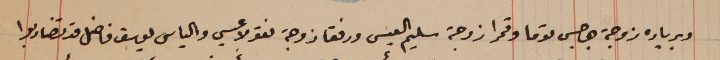
وبرباره زوجة جرجس توما وقمرا زوجة سليم العيسى ورفقا زوجة نقولا عيسى والياس يوسف فاضل قد تضاربوا